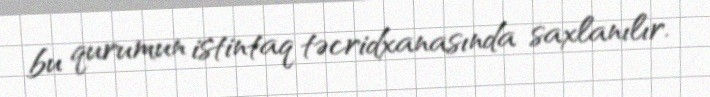
bu qurumun istintaq təcridxanasında saxlanılır.